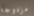
مزدوجة